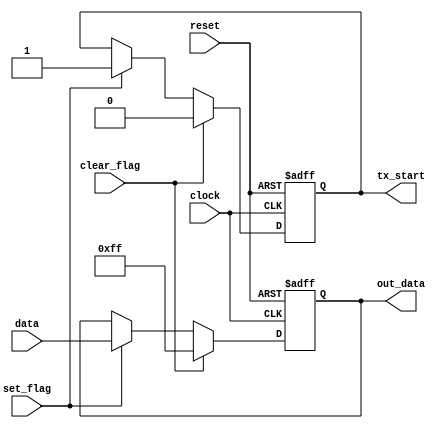

/* ---------- interface circuit ----------- */
/* ----------  one word buffer  ----------- */

module buffer_tx (set_flag,clear_flag,reset,clock,data,out_data,tx_start);
  
input set_flag, // sets the flag to 1 which means there is new word.
      clear_flag, // clears the flag to 0 after the transmission end.
      clock, // main system clock which is 50 MHz.
      reset;
input [7:0] data; // the data to transmit
  
output [7:0] out_data; // the buffer which store the data until the transmission end
output tx_start; // indicates that no new word is available.
       
reg [7:0] out_data;
reg tx_start;

always@(posedge clock or negedge reset)
begin
  if (!reset)
    begin
      out_data <= 8'b11111111;
      tx_start <= 0;
    end
    
  else
    begin
      if (clear_flag)
        begin
          out_data <= 8'b11111111;
          tx_start <= 0;
        end
      else if (set_flag)
        begin
          out_data <= data;
          tx_start <= 1;
        end
    end
      
end
endmodule